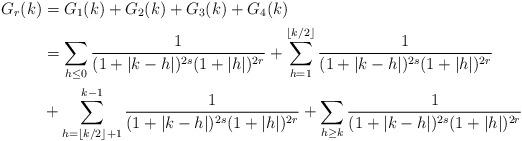
LaTeX: \begin{align*}G_r(k) & = G_1(k) + G_2(k)+G_3(k)+G_4(k)\\&= \sum_{h\leq 0} \frac{1}{(1+|k-h|)^{2s}(1+|h|)^{2r}} + \sum_{h=1}^{\lfloor k/2\rfloor} \frac{1}{(1+|k-h|)^{2s}(1+|h|)^{2r}}\\& + \sum_{h=\lfloor k/2\rfloor +1}^{k-1} \frac{1}{(1+|k-h|)^{2s}(1+|h|)^{2r}}+ \sum_{h\geq k} \frac{1}{(1+|k-h|)^{2s}(1+|h|)^{2r}}\end{align*}